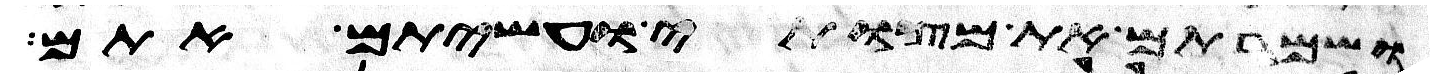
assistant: ושמרתם את מצותי ועשיתם אתם